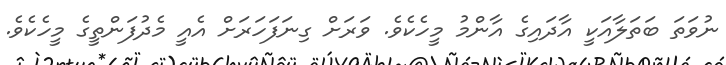
ނުވަތަ ބަތަލާއަކީ އާދައިގެ އާންމު މީހެކެވެ. ވަރަށް ގިނަފަހަރަށް އެއީ މެދުފަންތީގެ މީހެކެވެ.